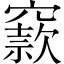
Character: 窾